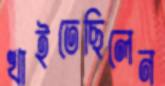
খাইতেছিলেন